On the action of the venoms of the cobra (Naja tripudians) and of the daboia (Daboia russellii) on the red blood corpuscles and on the blood plasma - Number 4
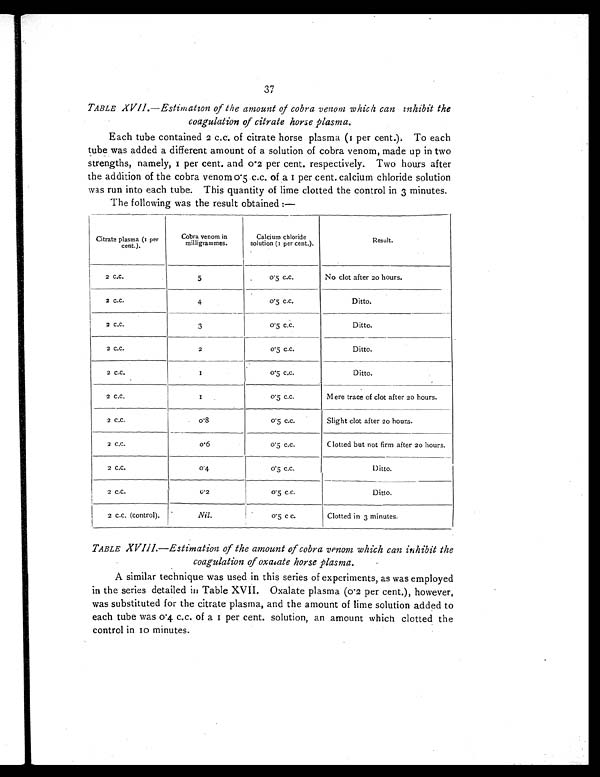
37
TABLE XVII—Estimation of the amount of cobra venom which can inhibit the
coagulation of citrate horse plasma.
Each tube contained 2 c.c. of citrate horse plasma (1 per cent.). To each
tube was added a different amount of a solution of cobra venom, made up in two
s t r engt hs , namel y, 1 per cent , and 0. 2 per cent . r es pect i vel y. Two hour s af t er
the addition of the cobra venom 0.5 c.c. of a 1 per cent. calcium chloride solution
was run into each tube. This quantity of lime clotted the control in 3 minutes.
The following was the result obtained —
Citrate plasma (1 per
cent.).
Cobra venom in
milligrammes.
Calcium chloride
solution (1 per cent.).
Result.
2 c.c.
5
0 . 5 c . c .
No clot after 20 hours.
2 c.c.
4
0.5 c.c.
Ditto.
2 c.c.
3
0 . 5 c . c .
Ditto.
2 c . c .
2
0 . 5 c . c .
Ditto.
2 c.c.
1
0 . 5 c . c .
Ditto.
2 c.c.
1
0 . 5 c . c . Mere trace of clot after 20 hours.
2 c.c.
0.8
0.5 c.c.
Slight clot after 20 hours.
2 c.c.
0.6
0.5 c.c.
Clotted but not firm after 20 hours.
2 c.c.
0 . 4
0.5 c.c.
Ditto.
2 c.c.
0.2
0.5 c.c.
Ditto.
2 c.c. (control).
Nil.
0.5 c c.
Clotted in 3 minutes.
TABLE XVIII—Estimation of the amount of cobra venom which can inhibit the
coagulation of oxatate horse plasma.
A similar technique was used in this series of experiments, as was employed
in the series detailed in Table XVII. Oxalate plasma (0.2 per cent.), however,
was substituted for the citrate plasma, and the amount of lime solution added to
e a c h t u b e wa s 0 . 4 c . c . o f a 1 p e r c e n t . s o l u t i o n , a n a mo u n t wh i c h c l o t t e d t h e
control in 10 minutes.